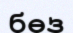
бөз